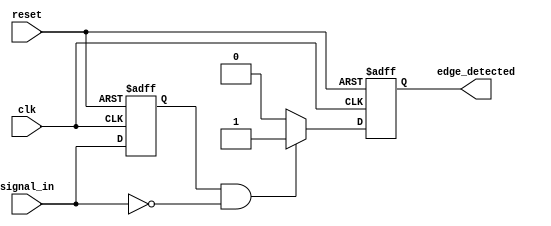
module negative_edge_detector (
    input wire clk,              // Clock input
    input wire reset,            // Asynchronous reset
    input wire signal_in,        // Input signal to be monitored
    output reg edge_detected     // Output signal indicating a negative edge
);

    reg signal_in_prev;          // Memory element to store the previous state

    // Asynchronous reset and edge detection logic
    always @(posedge clk or posedge reset) begin
        if (reset) begin
            // Initialize output and previous state on reset
            edge_detected <= 1'b0;
            signal_in_prev <= 1'b0;
        end else begin
            // Edge detection logic
            if (signal_in_prev == 1'b1 && signal_in == 1'b0) begin
                edge_detected <= 1'b1;  // Negative edge detected
            end else begin
                edge_detected <= 1'b0;  // No edge detected
            end
            
            // Update the previous state
            signal_in_prev <= signal_in;
        end
    end
endmodule